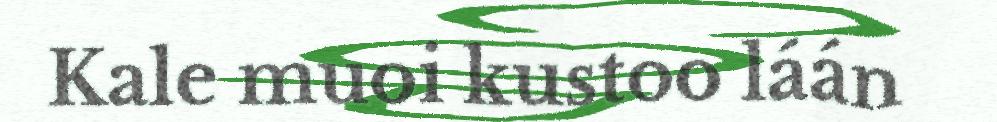
Kale muoi kustoo láán